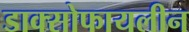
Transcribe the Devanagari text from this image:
डाक्सोफायलीन